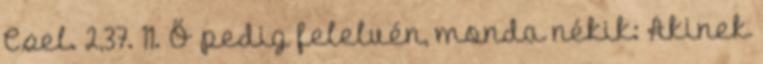
Csel. 2,37. 11. Ő pedig felelvén, monda nékik: Akinek